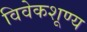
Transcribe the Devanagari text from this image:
विवेकशूण्य